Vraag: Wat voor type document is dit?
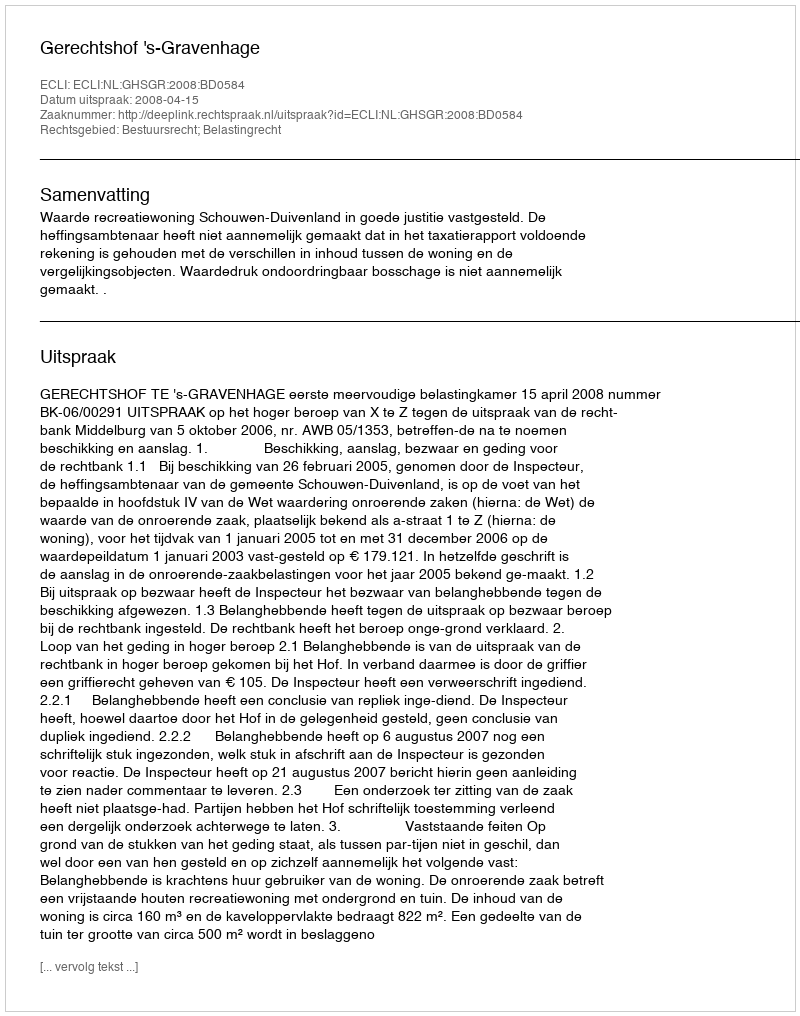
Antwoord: Uitspraak